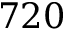
7 2 0